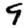
Digit: 9